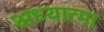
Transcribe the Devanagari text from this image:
अध्यात्मा